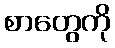
စာတွေကို